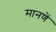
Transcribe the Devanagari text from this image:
मानणें